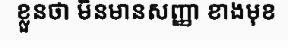
ខ្លួនថា មិនមានសញ្ញា ខាងមុខ